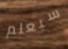
سيعلم